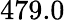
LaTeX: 479.0